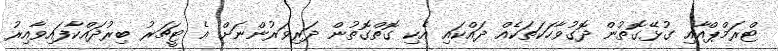
ޓްރަމްޕްއާއި ގުޅޭގޮތުން ދޮގުވާހަކަތަކެއް ދައްކައި އެކި ގޮތްގޮތުން ދަރިވަރުންނަށް އެ ޓީޗަރު ބިރުދައްކާފައިވާއިރު